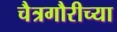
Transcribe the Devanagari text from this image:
चैत्रगौरीच्या